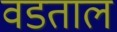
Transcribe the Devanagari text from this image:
वडताल